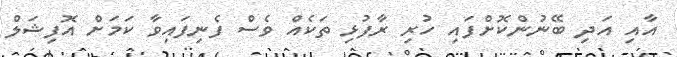
އާއި އަދި ބޭނުންކޮށްފައި ހުރި ރާފުޅި ތަކެއް ވެސް ފެނިފައިވާ ކަމަށް އޮފިޝަލް